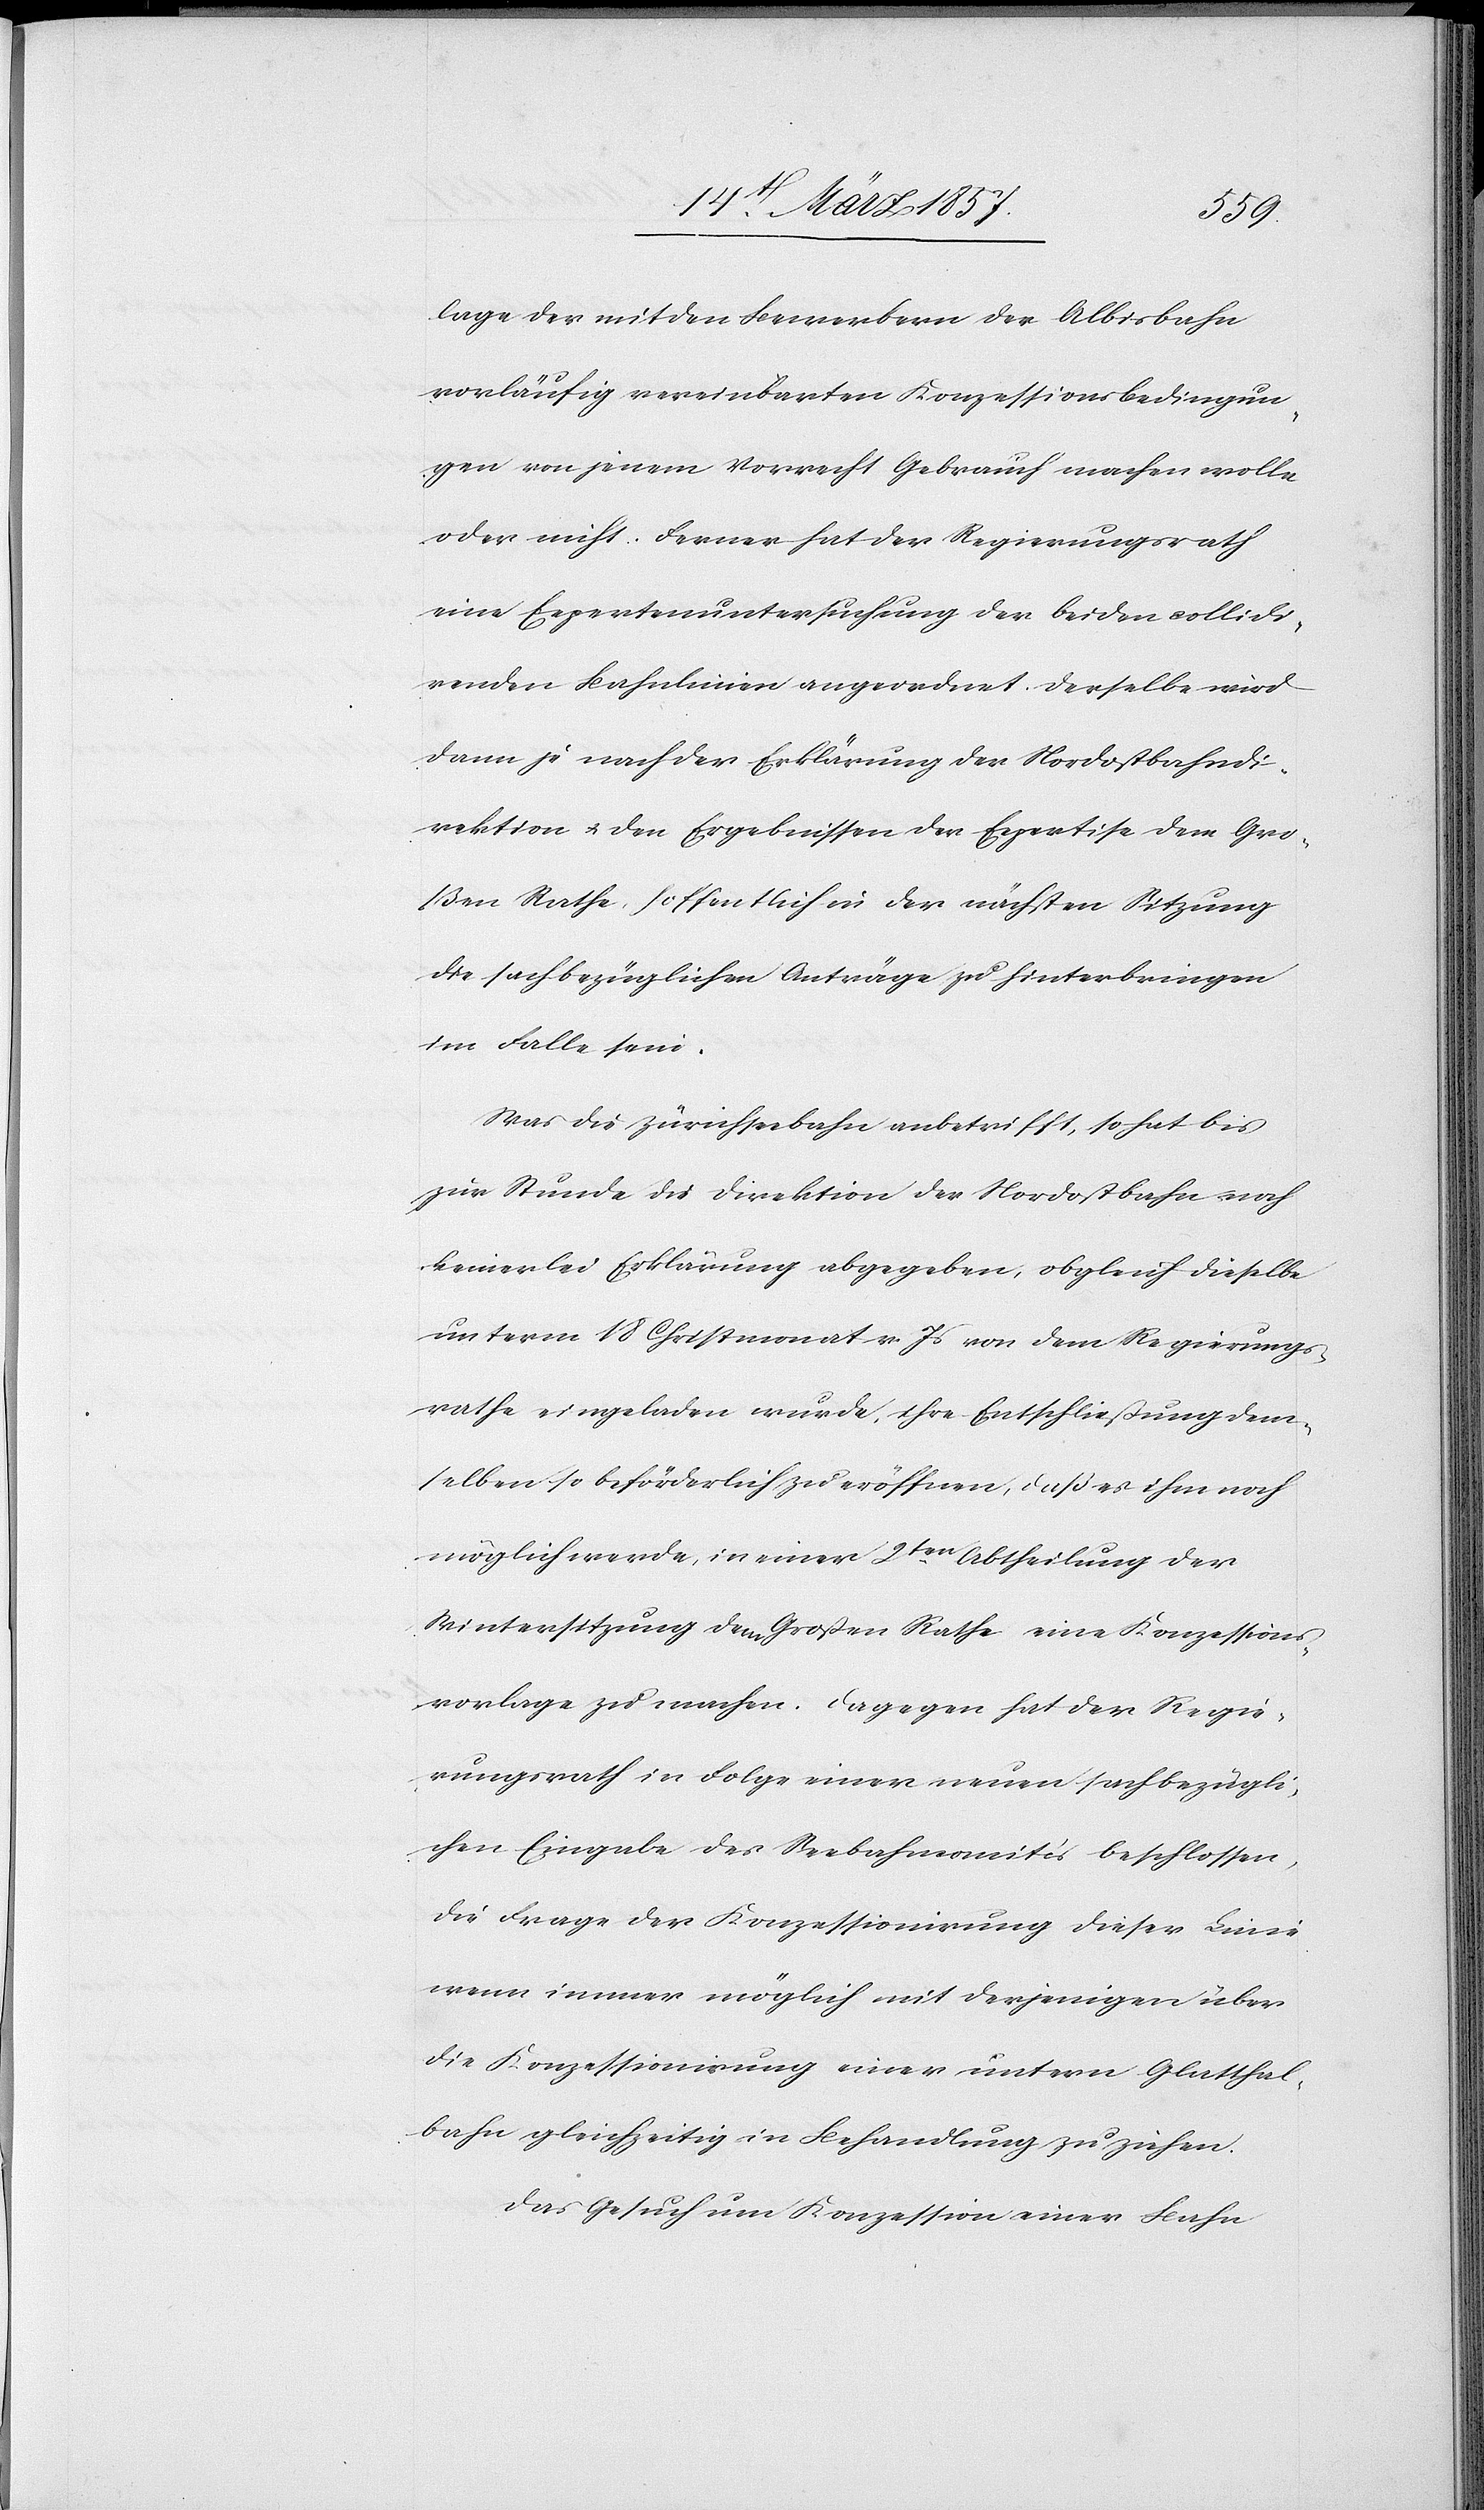
lage der mit den Bewerbern der Albisbahn
vorläufig vereinbarten Konzessionsbedingun¬
gen von jenem Vorrecht Gebrauch machen wolle
oder nicht. Ferner hat der Regierungsrath
eine Expertenuntersuchung der beiden colidi¬
renden Bahnlinien angeordnet. Derselbe wird
dann je nach der Erklärung der Nordostbahndi¬
rektion u. den Ergebnissen der Expertise dem Gro¬
ßen Rathe, hoffentlich in der nächsten Sitzung
die sachbezüglichen Anträge zu hinterbringen
im Falle sein.
Was die Zürichseebahn anbetrifft, so hat bis
zur Stunde die Direktion der Nordostbahn noch
keinerlei Erklärung abgegeben, obgleich dieselbe
unterm 18 Christmonat v. Js von dem Regierungs¬
rathe eingeladen wurde, ihre Entschließung dem¬
selben so beförderlich zu eröffnen, daß es ihm noch
möglich werde, in einer 2ten Abtheilung der
Wintersitzung dem Großen Rathe eine Konzessions¬
vorlage zu machen. Dagegen hat der Regie¬
rungsrath in Folge einer neuen sachbezügli¬
chen Eingabe des Seebahncomités beschlossen,
die Frage der Konzessionirung dieser Linie
wenn immer möglich mit derjenigen über
die Konzessionirung einer untern Glatthal¬
bahn gleichzeitig in Behandlung zu ziehen.
Das Gesuch um Konzession einer Bahn